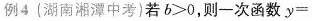
例4(湖南湘潭中考)若$$b>0$$，则一次函数y=